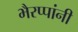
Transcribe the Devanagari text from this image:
भैरप्पांनी